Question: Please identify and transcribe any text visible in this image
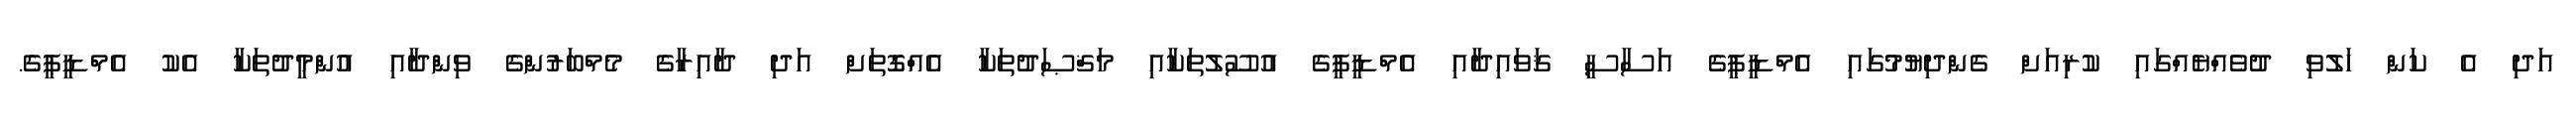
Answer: އަދި އެ ކަން ހަލުވި ދުވެއްޔެއްގައި ކުރިއަށް ގެންދިޔުމުގައި އެމްޑީޕީގެ އަސާސީ ޤަވައިދާއި އެމްޑީޕީގެ އުސޫލުތަކާއި މަޤްޞަދުތަކާ އެއްގޮތަށް އަދި ދާއިރާގެ މެމްބަރުންގެ ވިންދާއި އުންމީދުތަކާ އެކު އެމްޑީޕީގެ.